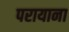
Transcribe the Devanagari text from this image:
परायाना